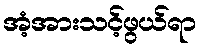
အံ့အားသင့်ဖွယ်ရာ